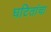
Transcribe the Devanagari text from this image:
घटितांचा